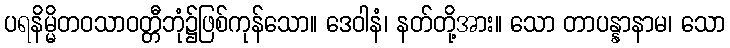
ပရနိမ္မိတဝသာဝတ္တီဘုံ၌ဖြစ်ကုန်သော။ ဒေဝါနံ၊ နတ်တို့အား။ သော တာပန္နာနာမ၊ သော